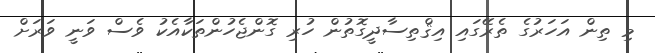
މި ތިން އަހަރުގެ ތެރޭގައި އިޤްތިސާދީގޮތުން ހުރި ގޮންޖެހުންތަކާއެކު ވެސް ވަނީ ވަރަށް